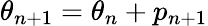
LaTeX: \theta_{n+1}=\theta_{n}+p_{n+1}